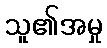
သူ၏အမှု